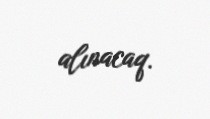
alınacaq.